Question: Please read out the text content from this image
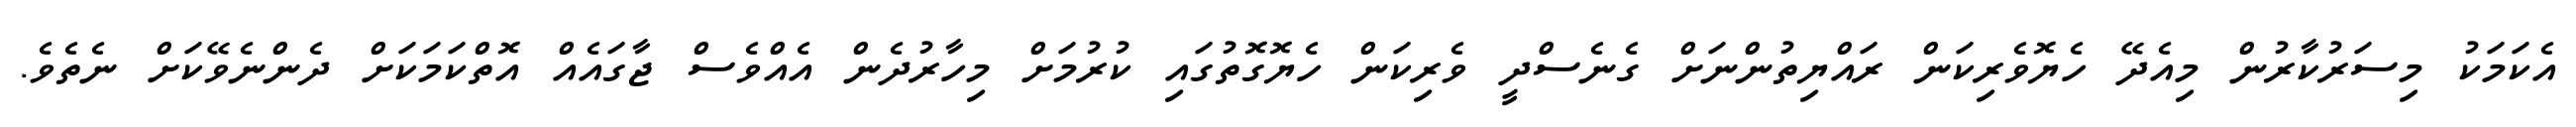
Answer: އެކަމަކު މިސަރުކާރުން މިއެދޭ ހެޔޮވެރިކަން ރައްޔިތުންނަށް ގެނެސްދީ ވެރިކަން ހެޔޮގޮތުގައި ކުރުމަށް މިހާރުދެން އެއްވެސް ޖާގައެއް އޮތްކަމަކަށް ދެންނެވޭކަށް ނެތެވެ.